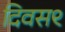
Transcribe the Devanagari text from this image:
दिवस९